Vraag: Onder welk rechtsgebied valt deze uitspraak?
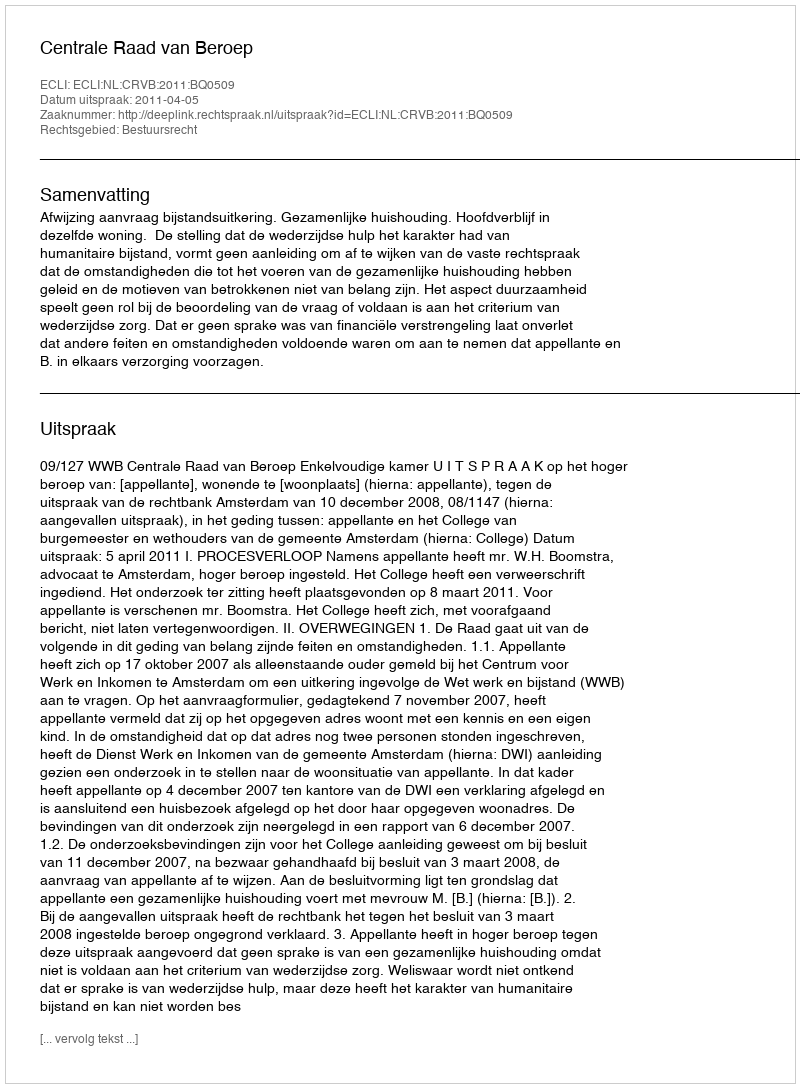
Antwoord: Bestuursrecht